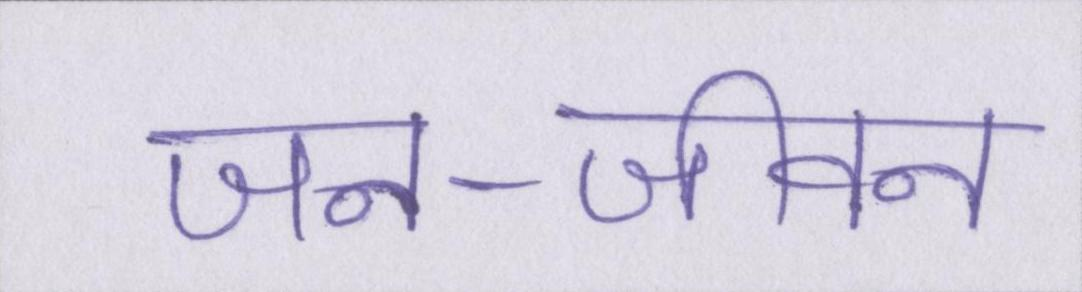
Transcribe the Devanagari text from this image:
जन-जीवन